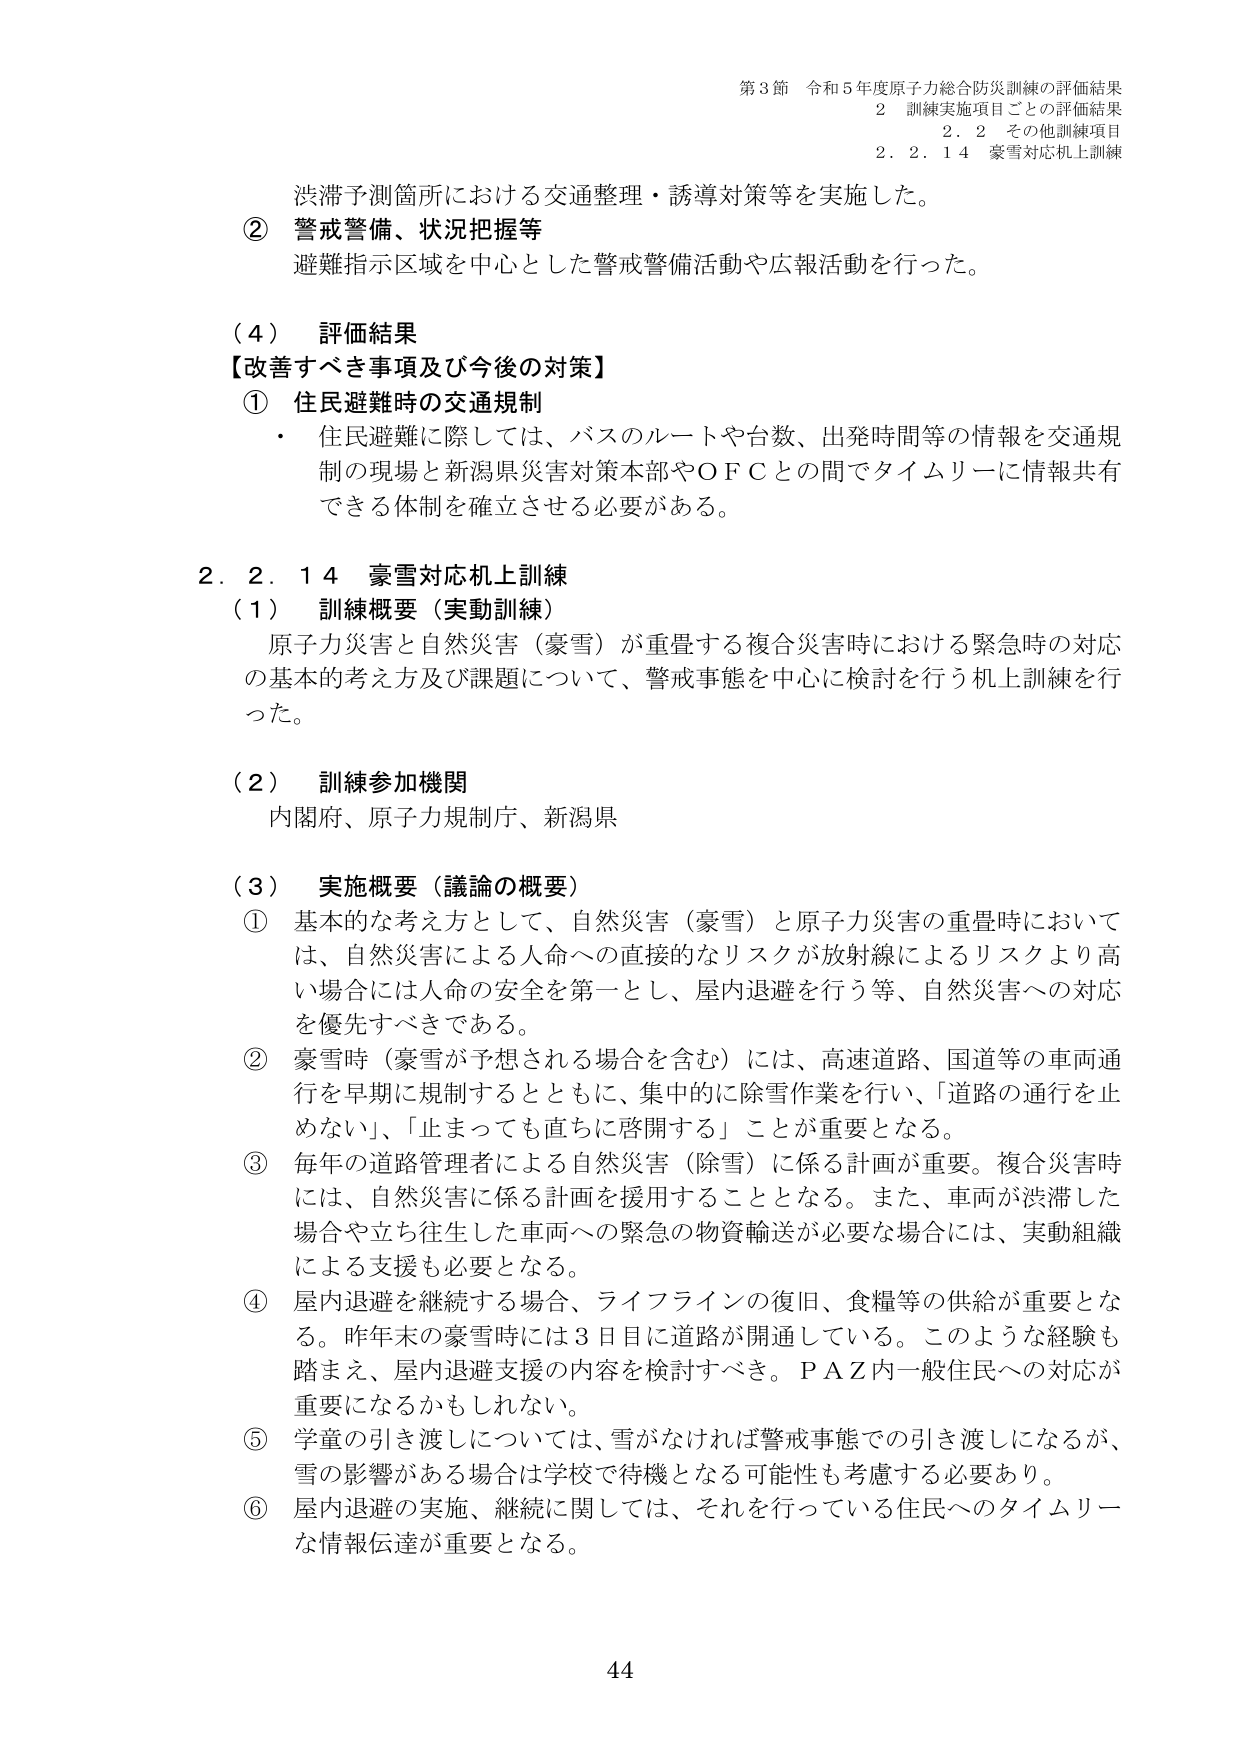
第3節 令和5年度原子力総合防災訓練の評価結果
2 訓練実施項目ごとの評価結果
2.2 その他訓練項目
2.2.14 豪雪対応机上訓練

渋滞予測箇所における交通整理・誘導対策等を実施した。
② 警戒警備、状況把握等
避難指示区域を中心とした警戒警備活動や広報活動を行った。

（4） 評価結果
【改善すべき事項及び今後の対策】
① 住民避難時の交通規制
・ 住民避難に際しては、バスのルートや台数、出発時間等の情報を交通規制の現場と新潟県災害対策本部やＯＦＣとの間でタイムリーに情報共有できる体制を確立させる必要がある。

2.2.14 豪雪対応机上訓練
（1） 訓練概要（実動訓練）
原子力災害と自然災害（豪雪）が重畳する複合災害時における緊急時の対応の基本的考え方及び課題について、警戒事態を中心に検討を行う机上訓練を行った。

（2） 訓練参加機関
内閣府、原子力規制庁、新潟県

（3） 実施概要（議論の概要）
① 基本的な考え方として、自然災害（豪雪）と原子力災害の重畳時においては、自然災害による人命への直接的なリスクが放射線によるリスクより高い場合には人命の安全を第一とし、屋内退避を行う等、自然災害への対応を優先すべきである。
② 豪雪時（豪雪が予想される場合を含む）には、高速道路、国道等の車両通行を早期に規制するとともに、集中的に除雪作業を行い、「道路の通行を止めない」、「止まっても直ちに啓開する」ことが重要となる。
③ 毎年の道路管理者による自然災害（除雪）に係る計画が重要。複合災害時には、自然災害に係る計画を採用することとなる。また、車両が渋滞した場合や立ち往生した車両への緊急の物資輸送が必要な場合には、実動組織による支援も必要となる。
④ 屋内退避を継続する場合、ライフラインの復旧、食糧等の供給が重要となる。昨年末の豪雪時には3日目に道路が開通している。このような経験も踏まえ、屋内退避支援の内容を検討すべき。ＰＡＺ内一般住民への対応が重要になるかもしれない。
⑤ 学童の引き渡しについては、雪がなければ警戒事態での引き渡しになるが、雪の影響がある場合は学校で待機となる可能性も考慮する必要あり。
⑥ 屋内退避の実施、継続に関しては、それを行っている住民へのタイムリーな情報伝達が重要となる。

44